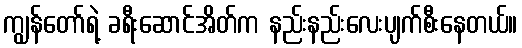
ကျွန်တော်ရဲ့ ခရီးဆောင်အိတ်က နည်းနည်းလေးပျက်စီးနေတယ်။